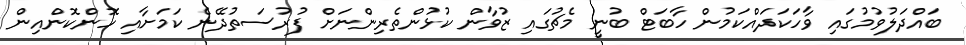
ބައްދަލުވުމުގައި ވާހަކަދައްކަމުން ހާބަޓް ބުނީ މެޗުގައި ޒުވާން ކުޅުންތެރިންނަށް ފުރުސަތުދޭނެ ކަމަށާއި ހޮންކޮންއިން